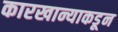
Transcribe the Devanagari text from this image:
कारखान्याकडून